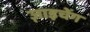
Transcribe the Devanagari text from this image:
ज़ाइचेंग